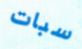
سبات